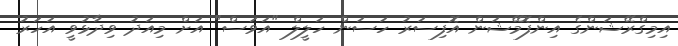
އިމިގްރޭޝަންގެ އިންފޮމޭޝަން އޮފިސަރު ހަސަން ހަލީލް "އަވަސް" އަށް މިއަދު ވިދާޅުވީ އަހަރު